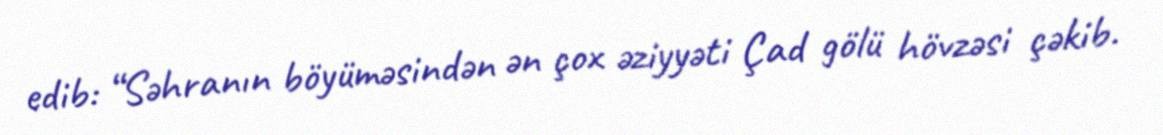
edib: “Səhranın böyüməsindən ən çox əziyyəti Çad gölü hövzəsi çəkib.